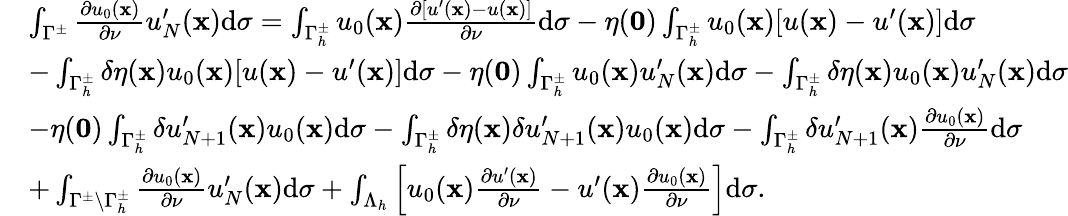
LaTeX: \begin{array}{rl}&{\int_{{\Gamma^{\pm}}}{\frac{\partial{u_{0}}(\mathbf x)}{\partial\nu}}u_{N}^{\prime}(\mathbf x)\mathrm d\sigma=\int_{{\Gamma_{h}^{\pm}}}{{u_{0}}(\mathbf x){\frac{\partial[u^{\prime}(\mathbf x)-u(\mathbf x)]}{\partial\nu}}}\mathrm d\sigma-\eta(\mathbf 0)\int_{{\Gamma_{h}^{\pm}}}{{u_{0}}(\mathbf x)[u(\mathbf x)-u^{\prime}(\mathbf x)]}\mathrm d\sigma}\\ &{-\int_{{\Gamma_{h}^{\pm}}}\delta\eta(\mathbf x){{u_{0}}(\mathbf x)[u(\mathbf x)-u^{\prime}(\mathbf x)]}\mathrm d\sigma-\eta(\mathbf 0)\int_{{\Gamma_{h}^{\pm}}}{{u_{0}}(\mathbf x)}u_{N}^{\prime}(\mathbf x)\mathrm d\sigma-\int_{{\Gamma_{h}^{\pm}}}\delta\eta(\mathbf x){{u_{0}}(\mathbf x)}u_{N}^{\prime}(\mathbf x)\mathrm d\sigma}\\ &{-\eta(\mathbf 0)\int_{{\Gamma_{h}^{\pm}}}\delta{u_{N+1}^{\prime}}(\mathbf x){u_{0}}(\mathbf x)\mathrm d\sigma-\int_{{\Gamma_{h}^{\pm}}}\delta\eta(\mathbf x)\delta{u_{N+1}^{\prime}}(\mathbf x){u_{0}}(\mathbf x)\mathrm d\sigma-\int_{{\Gamma_{h}^{\pm}}}\delta{u_{N+1}^{\prime}(\mathbf x){\frac{\partial{u_{0}}(\mathbf x)}{\partial\nu}}}\mathrm d\sigma}\\ &{+\int_{{\Gamma^{\pm}\setminus\Gamma_{h}^{\pm}}}{\frac{\partial{u_{0}}(\mathbf x)}{\partial\nu}}u_{N}^{\prime}(\mathbf x)\mathrm d\sigma+\int_{\Lambda_{h}}\left[{{u_{0}(\mathbf x)}{\frac{\partial u^{\prime}(\mathbf x)}{\partial\nu}}-u^{\prime}(\mathbf x)}{\frac{\partial{u_{0}}(\mathbf x)}{\partial\nu}}\right]\mathrm d\sigma.}\end{array}